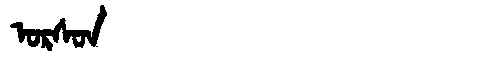
Manchu: ᠣᡵᠰᠣᠨ
Romanization: ORSON